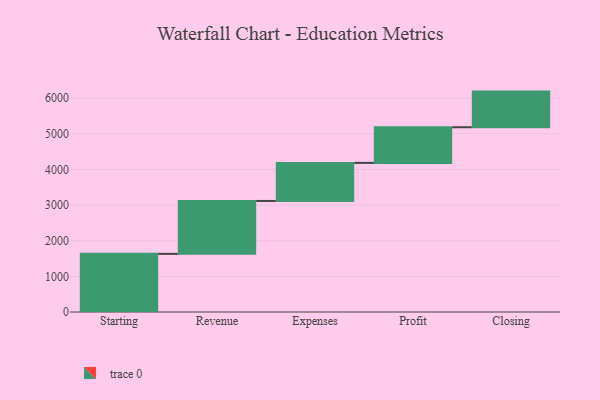
{"axis": {"x": "Step", "y": "Value"}, "legend": [""], "data": [{"x": "Starting", "y": 1631.0, "type": ""}, {"x": "Revenue", "y": 1484.0, "type": ""}, {"x": "Expenses", "y": 1068.0, "type": ""}, {"x": "Profit", "y": 1000, "type": ""}, {"x": "Closing", "y": 1000, "type": ""}]}